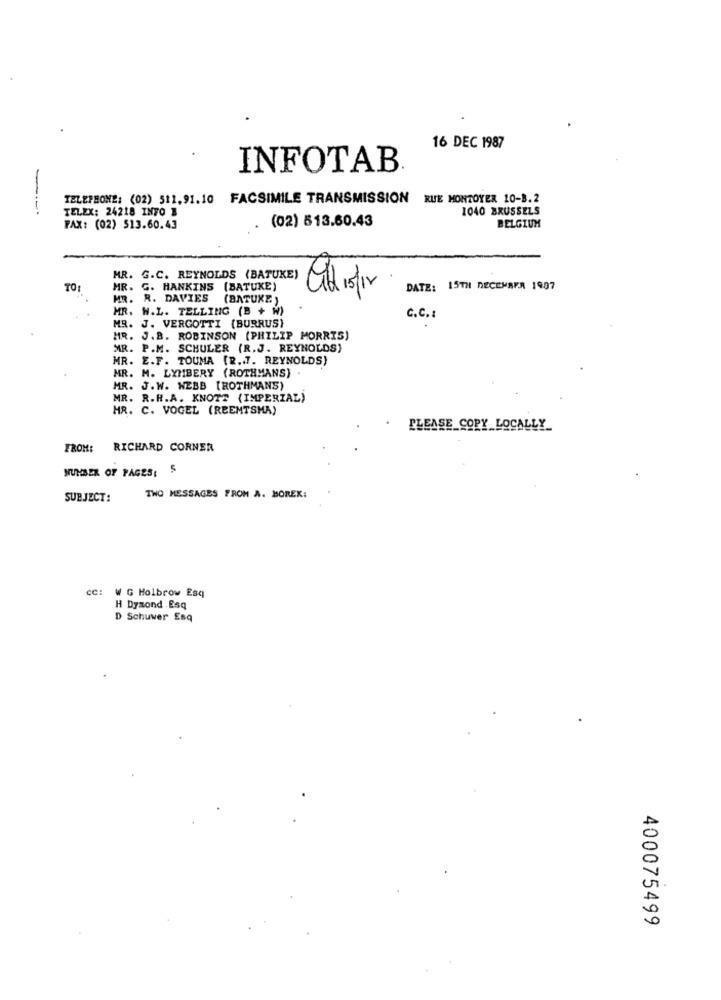
16 DEC 1987
INFOTAB
TELEPHONE: (02) $12. 91.10 FACSIMILE TRANSMISSION
RUE MONTOYER 10-B.2
TELEX: 24218 INTO B
1040 BRUSSELS
(02) 513.60.43
FAX: (02) 513.60.43
BELGIUM
MR. G.C. REYNOLDS (BATUKE)
TO:
MR. G. HANKINS (BATUKE)
DATE: 15TH DECEMBER 1997
MR. R. DAVIES (BATUXE )
MR. W.L. TELLING (B + W)
C.C .:
MR. J. VERGOTTI {BURRUS)
MR. J.B. ROBINSON (PHILIP MORRIS)
MR. P.M. SCHULER (R.J. REYNOLDS)
MR. E.F. TOUMA [R.J. REYNOLDS)
MR. M. LYMBERY (ROTHMANS)
MR. J. W. WEBB [ROTHMANS)
MR. R.H.A. KNOTT (IMPERIAL)
HR. C. VOGEL (REEMTSMA)
PLEASE COPY LOCALLY
FROM:
RICHARD CORNER
NUMBER OF PAGES: 5
SUBJECT:
TWO MESSAGES FROM A. BOREK:
CC: W G Holbrow Esq
H Dymond .Esq
D Schuwer Esq
400075499